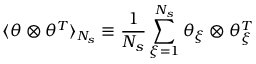
\langle \theta \otimes \theta ^ { T } \rangle _ { N _ { s } } \equiv \frac { 1 } { N _ { s } } \sum _ { \xi = 1 } ^ { N _ { s } } \theta _ { \xi } \otimes \theta _ { \xi } ^ { T }